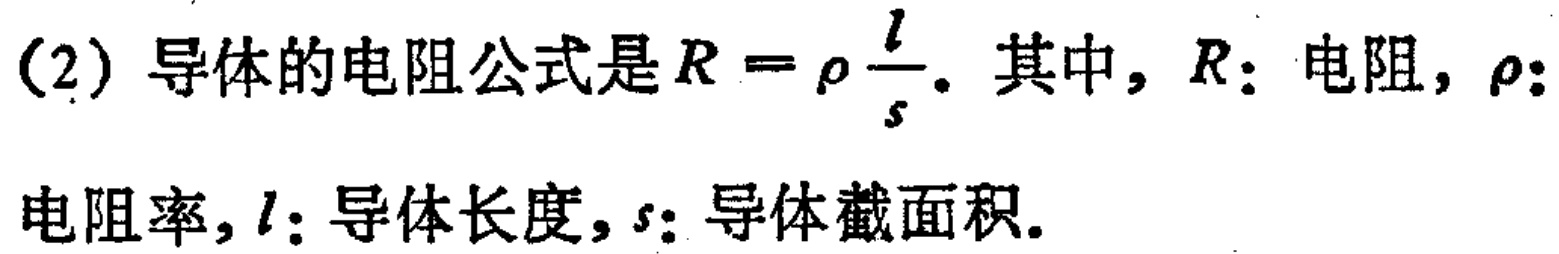
(2) 导体的电阻公式是\(R = \rho\frac{l}{s}\)。其中，\(R\)：电阻，\(\rho\)：电阻率，\(l\)：导体长度，\(s\)：导体截面积。